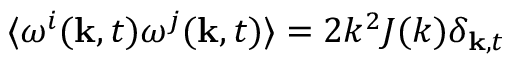
\langle \boldsymbol { \omega } ^ { i } ( \mathbf { k } , t ) \boldsymbol { \omega } ^ { j } ( \mathbf { k } , t ) \rangle = 2 k ^ { 2 } J ( k ) \delta _ { \mathbf { k } , t }